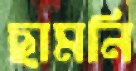
ছামনি